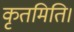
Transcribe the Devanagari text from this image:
कृतमिति।